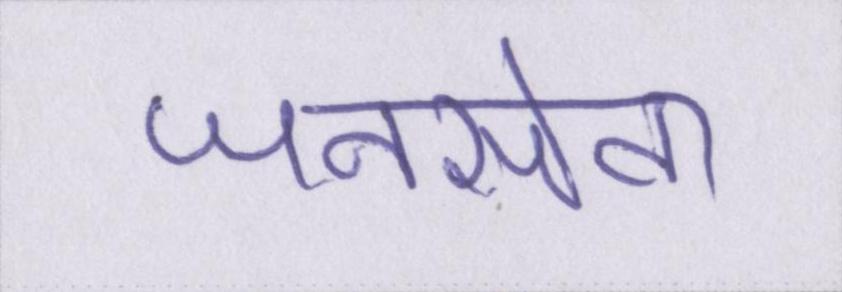
जनसेवा